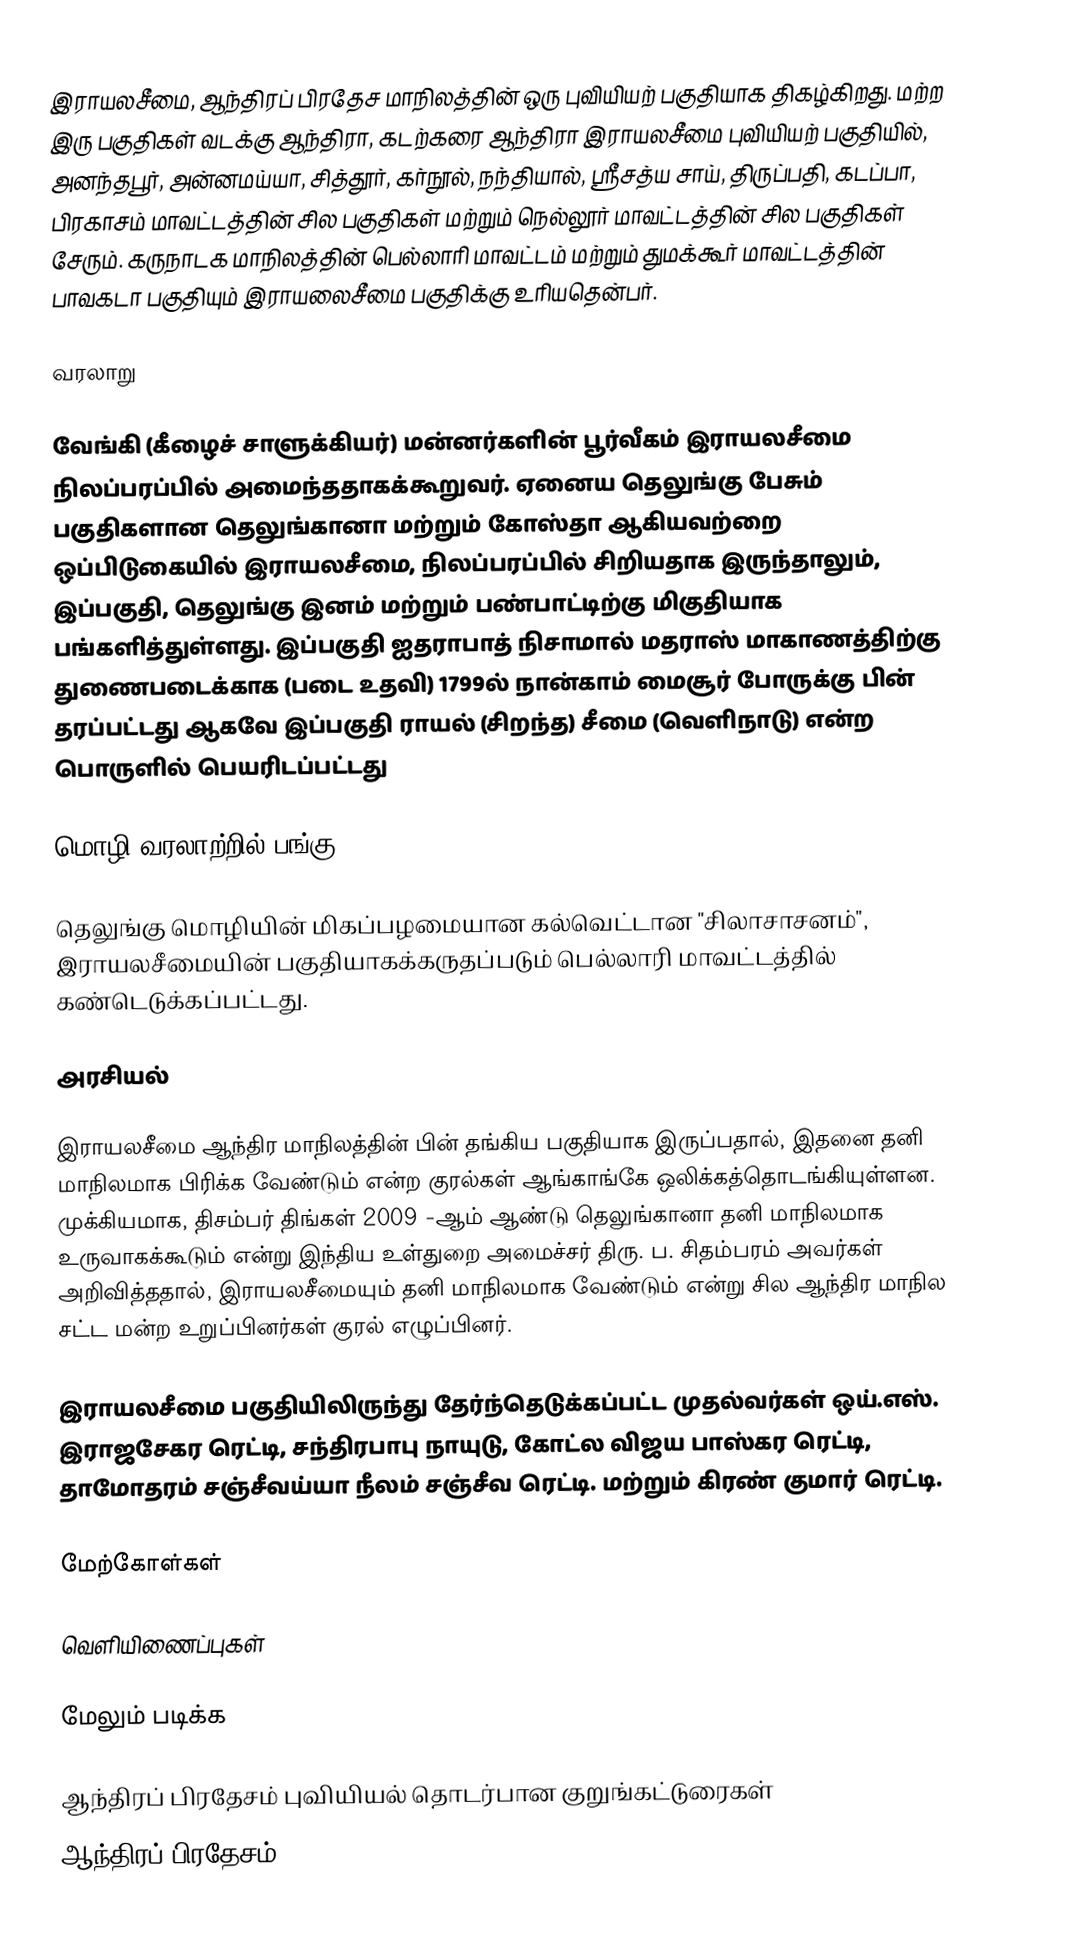
இராயலசீமை, ஆந்திரப் பிரதேச மாநிலத்தின் ஒரு புவியியற் பகுதியாக திகழ்கிறது. மற்ற இரு பகுதிகள் வடக்கு ஆந்திரா, கடற்கரை ஆந்திரா இராயலசீமை புவியியற் பகுதியில், அனந்தபூர், அன்னமய்யா, சித்தூர், கர்நூல், நந்தியால், ஸ்ரீசத்ய சாய், திருப்பதி, கடப்பா, பிரகாசம் மாவட்டத்தின் சில பகுதிகள் மற்றும் நெல்லூர் மாவட்டத்தின் சில பகுதிகள் சேரும். கருநாடக மாநிலத்தின் பெல்லாரி மாவட்டம் மற்றும் துமக்கூர் மாவட்டத்தின் பாவகடா பகுதியும் இராயலைசீமை பகுதிக்கு உரியதென்பர்.

வரலாறு

வேங்கி (கீழைச் சாளுக்கியர்) மன்னர்களின் பூர்வீகம் இராயலசீமை நிலப்பரப்பில் அமைந்ததாகக்கூறுவர். ஏனைய தெலுங்கு பேசும் பகுதிகளான தெலுங்கானா மற்றும் கோஸ்தா ஆகியவற்றை ஒப்பிடுகையில் இராயலசீமை, நிலப்பரப்பில் சிறியதாக இருந்தாலும், இப்பகுதி, தெலுங்கு இனம் மற்றும் பண்பாட்டிற்கு மிகுதியாக பங்களித்துள்ளது. இப்பகுதி ஐதராபாத் நிசாமால் மதராஸ் மாகாணத்திற்கு துணைபடைக்காக (படை உதவி) 1799ல் நான்காம் மைசூர் போருக்கு பின் தரப்பட்டது ஆகவே இப்பகுதி ராயல் (சிறந்த) சீமை (வெளிநாடு) என்ற பொருளில் பெயரிடப்பட்டது

மொழி வரலாற்றில் பங்கு

தெலுங்கு மொழியின் மிகப்பழமையான கல்வெட்டான "சிலாசாசனம்", இராயலசீமையின் பகுதியாகக்கருதப்படும் பெல்லாரி மாவட்டத்தில் கண்டெடுக்கப்பட்டது.

அரசியல்

இராயலசீமை ஆந்திர மாநிலத்தின் பின் தங்கிய பகுதியாக இருப்பதால், இதனை தனி மாநிலமாக பிரிக்க வேண்டும் என்ற குரல்கள் ஆங்காங்கே ஒலிக்கத்தொடங்கியுள்ளன. முக்கியமாக, திசம்பர் திங்கள் 2009 -ஆம் ஆண்டு தெலுங்கானா தனி மாநிலமாக உருவாகக்கூடும் என்று இந்திய உள்துறை அமைச்சர் திரு. ப. சிதம்பரம் அவர்கள் அறிவித்ததால், இராயலசீமையும் தனி மாநிலமாக வேண்டும் என்று சில ஆந்திர மாநில சட்ட மன்ற உறுப்பினர்கள் குரல் எழுப்பினர்.

இராயலசீமை பகுதியிலிருந்து தேர்ந்தெடுக்கப்பட்ட முதல்வர்கள் ஒய்.எஸ். இராஜசேகர ரெட்டி, சந்திரபாபு நாயுடு, கோட்ல விஜய பாஸ்கர ரெட்டி, தாமோதரம் சஞ்சீவய்யா  நீலம் சஞ்சீவ ரெட்டி. மற்றும் கிரண் குமார் ரெட்டி.

மேற்கோள்கள்

வெளியிணைப்புகள்

மேலும் படிக்க

ஆந்திரப் பிரதேசம் புவியியல் தொடர்பான குறுங்கட்டுரைகள்
ஆந்திரப் பிரதேசம்